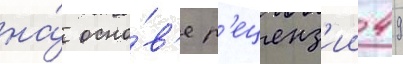
на́ осно́в'е р'еценз'ии 49